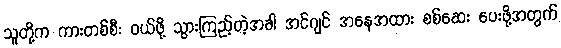
သူတို့က ကားတစ်စီး ဝယ်ဖို့ သွားကြည့်တဲ့အခါ အင်ဂျင် အနေအထား စစ်ဆေး ပေးဖို့အတွက်